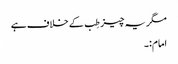
مگر یہ چیز طِب کے خلاف ہے
امام:۔